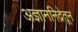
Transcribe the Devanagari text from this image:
अज्ञाननिद्रेतून